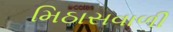
મિઠાસવાળી